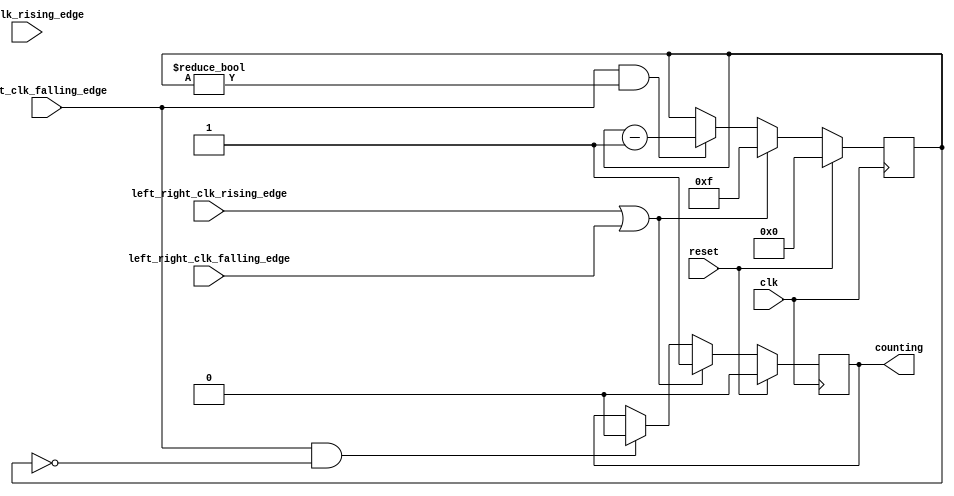
module altera_up_audio_bit_counter (
	clk,
	reset,
	bit_clk_rising_edge,
	bit_clk_falling_edge,
	left_right_clk_rising_edge,
	left_right_clk_falling_edge,
	counting
);
parameter BIT_COUNTER_INIT	= 5'h0F;
input						clk;
input						reset;
input						bit_clk_rising_edge;
input						bit_clk_falling_edge;
input						left_right_clk_rising_edge;
input						left_right_clk_falling_edge;
output reg				counting;
wire						reset_bit_counter;
reg			[ 4: 0]	bit_counter;
always @(posedge clk)
begin
	if (reset == 1'b1)
		bit_counter <= 5'h00;
	else if (reset_bit_counter == 1'b1)
		bit_counter <= BIT_COUNTER_INIT;
	else if ((bit_clk_falling_edge == 1'b1) && (bit_counter != 5'h00))
		bit_counter <= bit_counter - 5'h01;
end
always @(posedge clk)
begin
	if (reset == 1'b1)
		counting <= 1'b0;
	else if (reset_bit_counter == 1'b1)
		counting <= 1'b1;
	else if ((bit_clk_falling_edge == 1'b1) && (bit_counter == 5'h00))
		counting <= 1'b0;
end
assign reset_bit_counter = left_right_clk_rising_edge | 
							left_right_clk_falling_edge;
endmodule